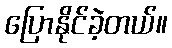
ပြောနိုင်ခဲ့တယ်။